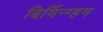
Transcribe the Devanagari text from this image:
बिर्मिन्ग्हम